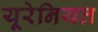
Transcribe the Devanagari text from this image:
यूरेनियत